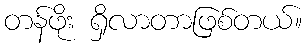
တန်ဖိုး ရှိလာတာဖြစ်တယ်။